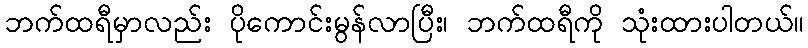
ဘက်ထရီမှာလည်း ပိုကောင်းမွန်လာပြီး၊ ဘက်ထရီကို သုံးထားပါတယ်။